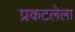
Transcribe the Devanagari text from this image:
प्रकटलेला